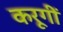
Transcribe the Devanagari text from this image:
करूगीं